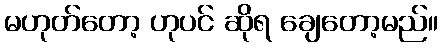
မဟုတ်တော့ ဟုပင် ဆိုရ ချေတော့မည်။